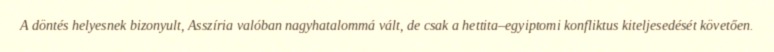
A döntés helyesnek bizonyult, Asszíria valóban nagyhatalommá vált, de csak a hettita–egyiptomi konfliktus kiteljesedését követően.